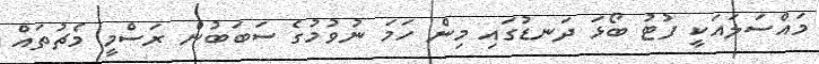
މައްސަލައަކީ ފުޓު ބޯޅަ ދަނޑުގައި މިން ހަމަ ނުވުމުގެ ސަބަބުން ރަސްމީ މެޗުތައް